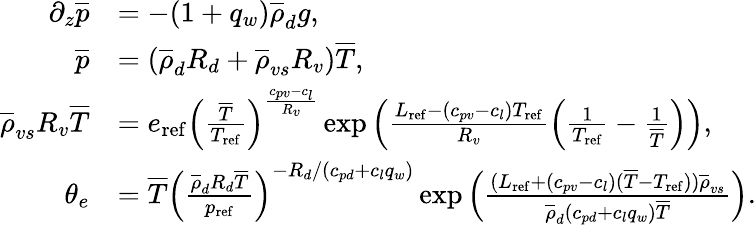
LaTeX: \begin{array}{rl}{\partial_{z}\overline{{p}}}&{=-(1+q_{w})\overline{{\rho}}_{d}g,}\\ {\overline{{p}}}&{=(\overline{{\rho}}_{d}R_{d}+\overline{{\rho}}_{vs}R_{v})\overline{{T}},}\\ {\overline{{\rho}}_{vs}R_{v}\overline{{T}}}&{=e_{\mathrm{ref}}\left(\frac{\overline{{T}}}{T_{\mathrm{ref}}}\right)^{\frac{c_{pv}-c_{l}}{R_{v}}}\exp\left(\frac{L_{\mathrm{ref}}-(c_{pv}-c_{l})T_{\mathrm{ref}}}{R_{v}}\left(\frac{1}{T_{\mathrm{ref}}}-\frac{1}{\overline{{T}}}\right)\right),}\\ {\theta_{e}}&{=\overline{{T}}\left(\frac{\overline{{\rho}}_{d}R_{d}\overline{{T}}}{p_{\mathrm{ref}}}\right)^{-R_{d}/(c_{pd}+c_{l}q_{w})}\exp\left(\frac{(L_{\mathrm{ref}}+(c_{pv}-c_{l})(\overline{{T}}-T_{\mathrm{ref}}))\overline{{\rho}}_{vs}}{\overline{{\rho}}_{d}(c_{pd}+c_{l}q_{w})\overline{{T}}}\right).}\end{array}